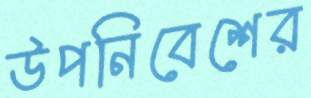
উপনিবেশের